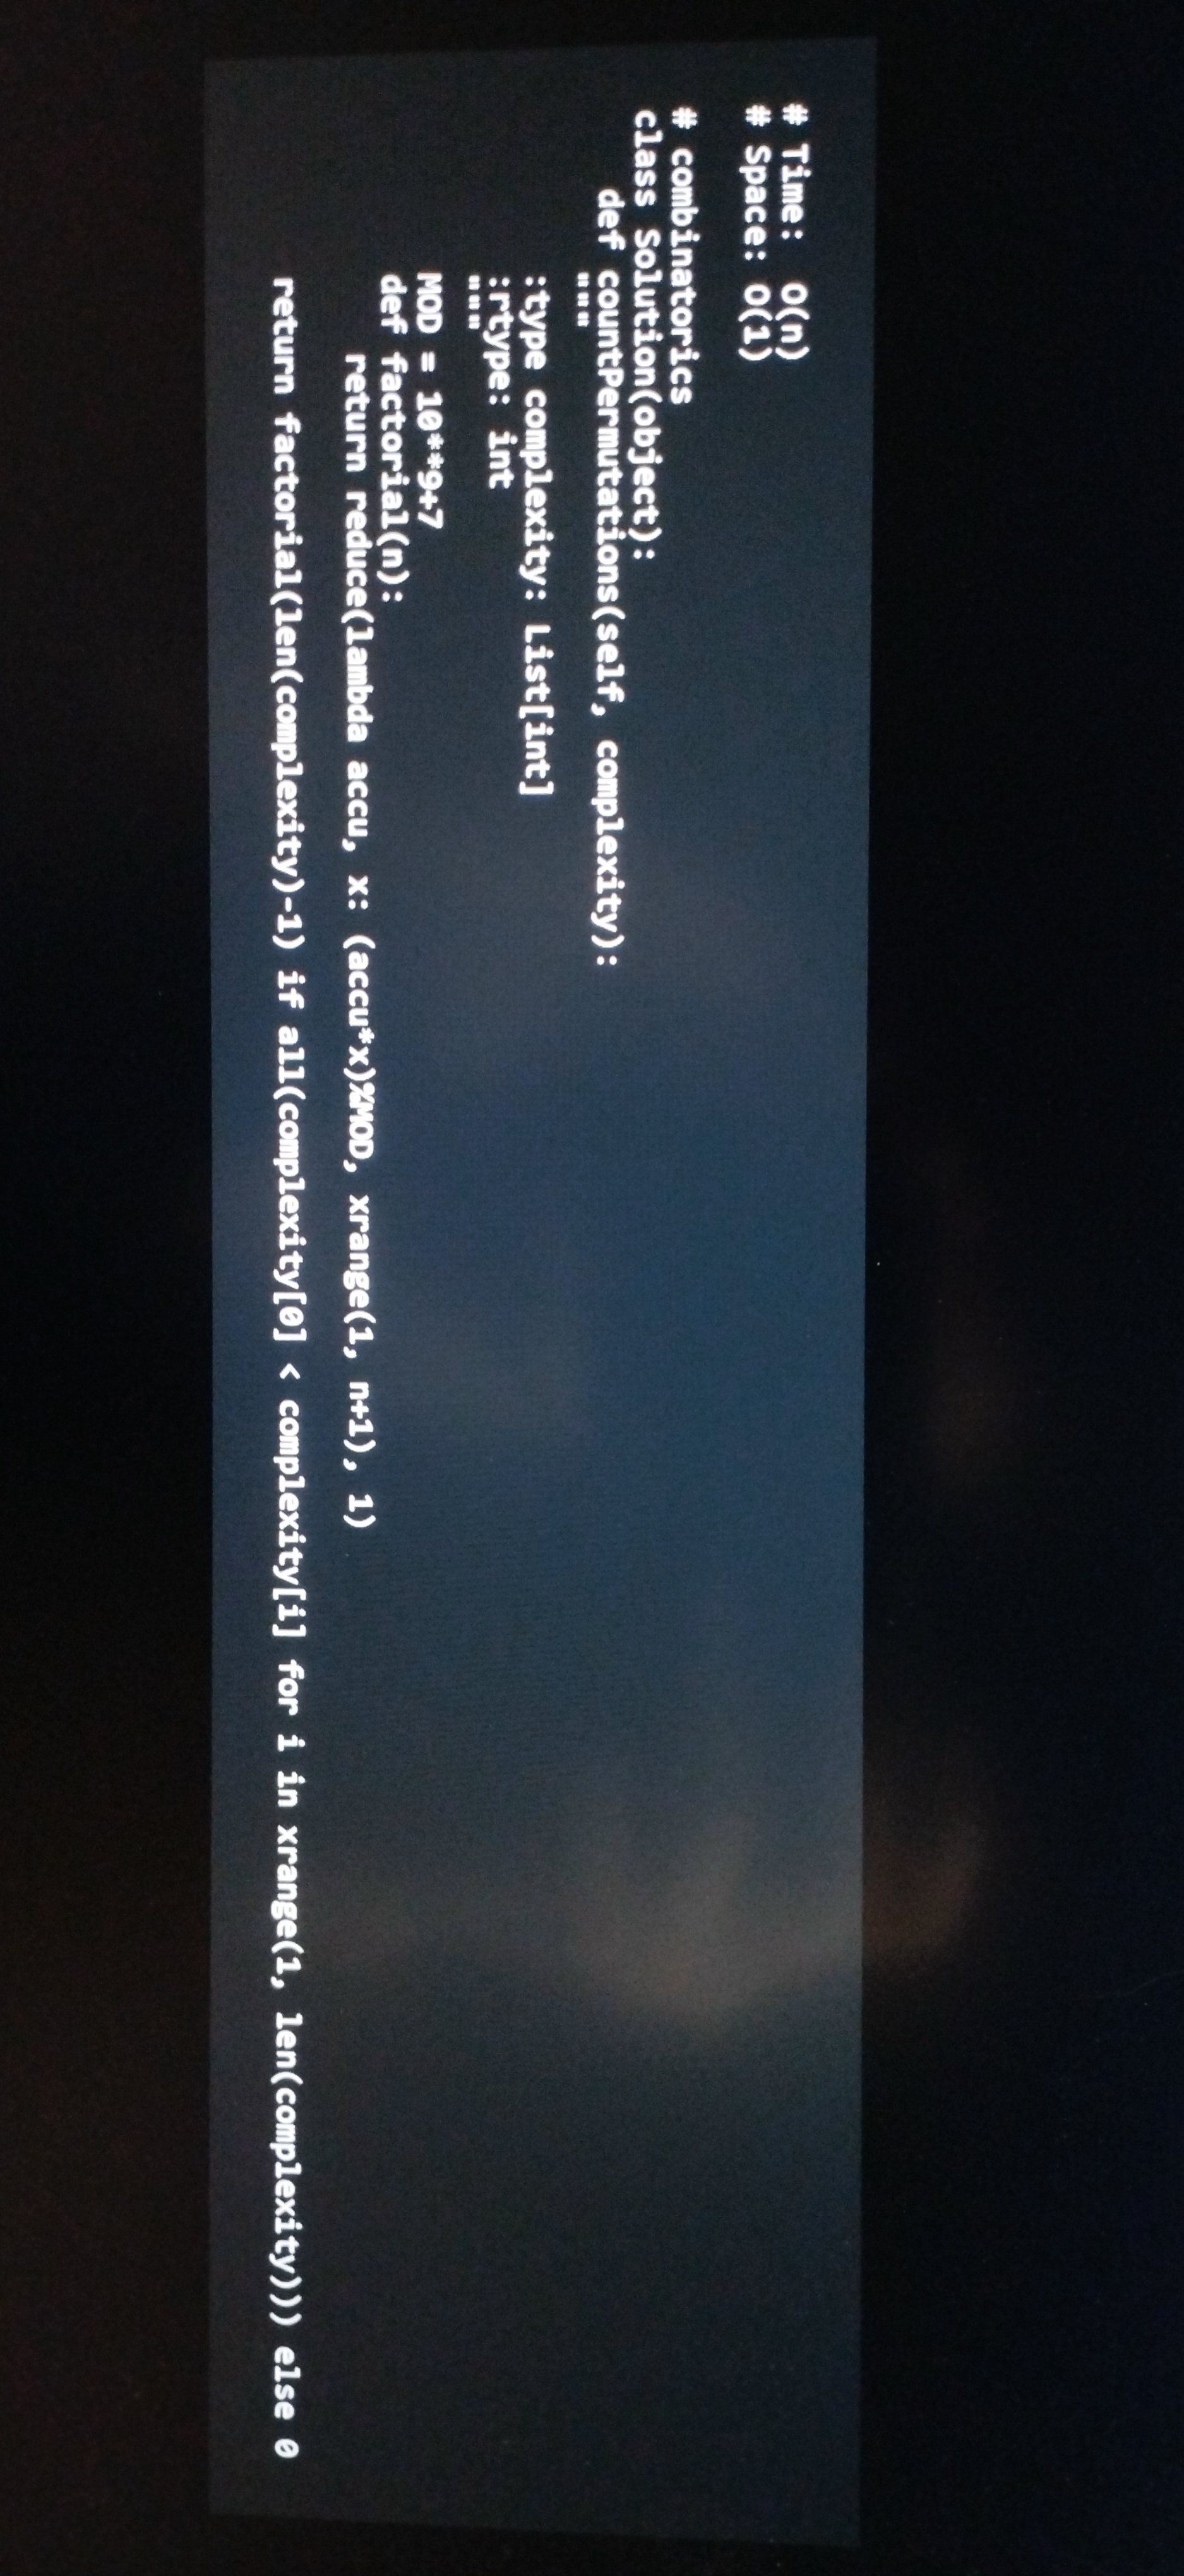
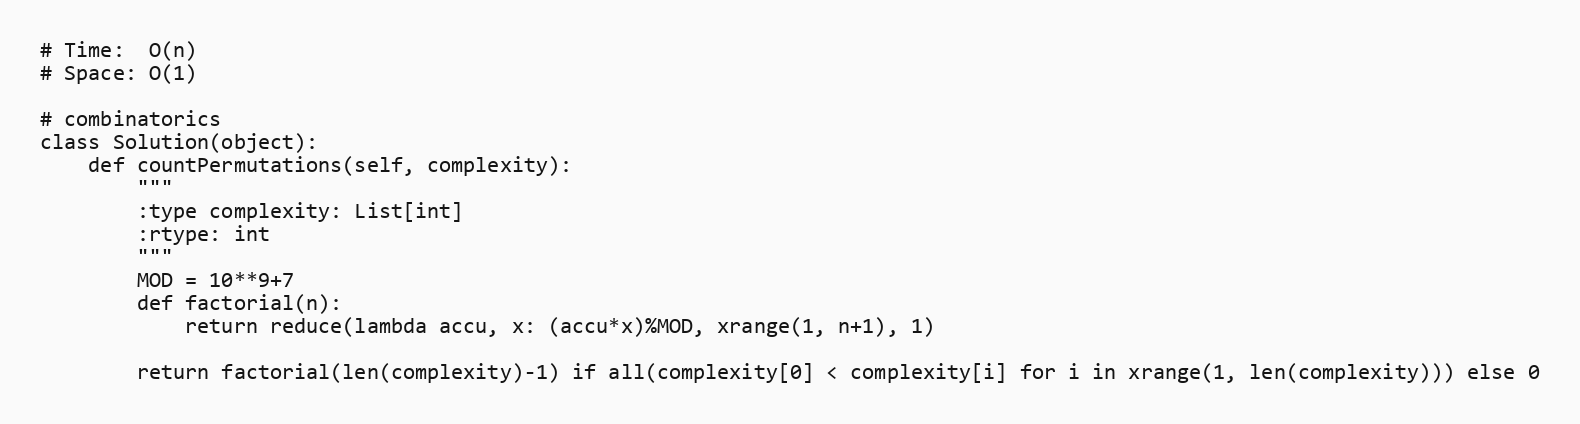
# Time:  O(n)
# Space: O(1)

# combinatorics
class Solution(object):
    def countPermutations(self, complexity):
        """
        :type complexity: List[int]
        :rtype: int
        """
        MOD = 10**9+7
        def factorial(n):
            return reduce(lambda accu, x: (accu*x)%MOD, xrange(1, n+1), 1)

        return factorial(len(complexity)-1) if all(complexity[0] < complexity[i] for i in xrange(1, len(complexity))) else 0